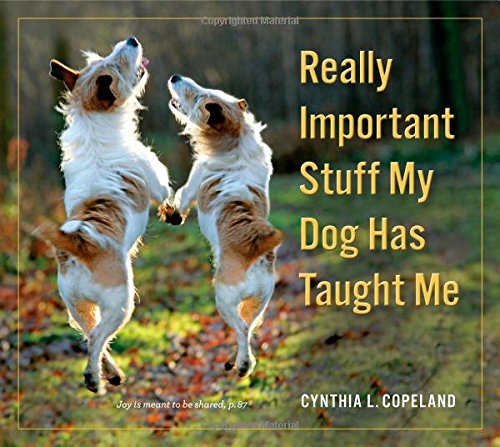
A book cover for Really Important Stuff My Dog Has Taught Me; Cynthia L. Copeland; Humor & Entertainment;